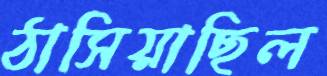
ঠাসিয়াছিল